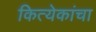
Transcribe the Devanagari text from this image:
कित्येकांचा